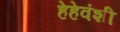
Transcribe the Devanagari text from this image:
हेहेवंशी